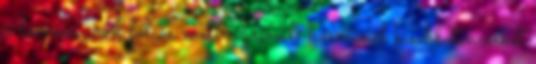
a lenövés. A fóliás melírozásnál, ha minél kisebb tincseket